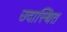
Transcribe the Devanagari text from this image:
उदास्थित